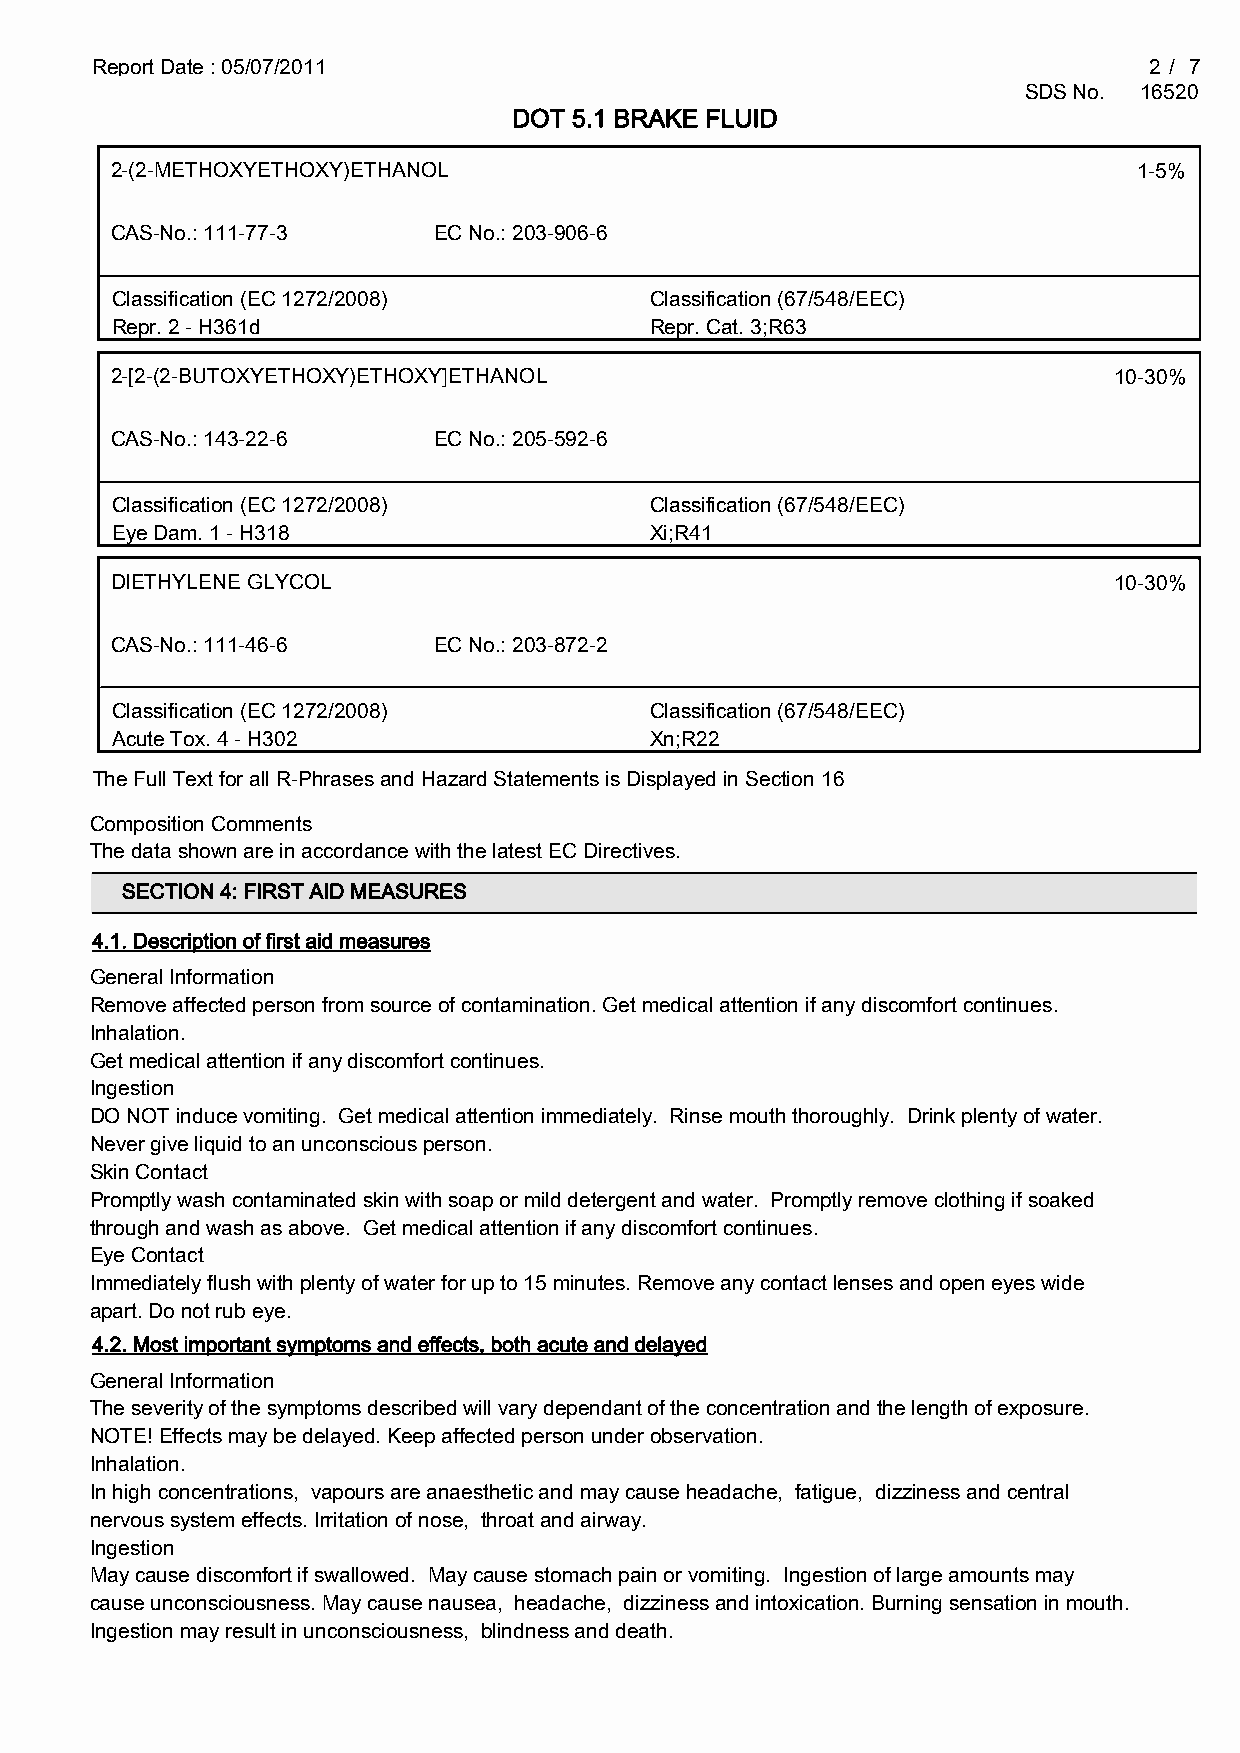
Report Date : 05/07/2011                                              2 / 7
 SDS No. 16520
 DOT 5.1 BRAKE FLUID
 2-(2-METHOXYETHOXY)ETHANOL                                          1-5%
 CAS-No.: 111-77-3     EC No.: 203-906-6
 Classification (EC 1272/2008)       Classification (67/548/EEC)
 Repr. 2 - H361d                     Repr. Cat. 3;R63
 2-[2-(2-BUTOXYETHOXY)ETHOXY]ETHANOL                                10-30%
 CAS-No.: 143-22-6     EC No.: 205-592-6
 Classification (EC 1272/2008)       Classification (67/548/EEC)
 Eye Dam. 1 - H318                   Xi;R41
 DIETHYLENE GLYCOL                                                  10-30%
 CAS-No.: 111-46-6     EC No.: 203-872-2
 Classification (EC 1272/2008)       Classification (67/548/EEC)
 Acute Tox. 4 - H302                 Xn;R22
 The Full Text for all R-Phrases and Hazard Statements is Displayed in Section 16
 Composition Comments
 The data shown are in accordance with the latest EC Directives.
 SECTION 4: FIRST AID MEASURES
 4.1. Description of first aid measures
 General Information
 Remove affected person from source of contamination. Get medical attention if any discomfort continues.
 Inhalation.
 Get medical attention if any discomfort continues.
 Ingestion
 DO NOT induce vomiting. Get medical attention immediately. Rinse mouth thoroughly. Drink plenty of water.
 Never give liquid to an unconscious person.
 Skin Contact
 Promptly wash contaminated skin with soap or mild detergent and water. Promptly remove clothing if soaked
 through and wash as above. Get medical attention if any discomfort continues.
 Eye Contact
 Immediately flush with plenty of water for up to 15 minutes. Remove any contact lenses and open eyes wide
 apart. Do not rub eye.
 4.2. Most important symptoms and effects, both acute and delayed
 General Information
 The severity of the symptoms described will vary dependant of the concentration and the length of exposure.
 NOTE! Effects may be delayed. Keep affected person under observation.
 Inhalation.
 In high concentrations, vapours are anaesthetic and may cause headache, fatigue, dizziness and central
 nervous system effects. Irritation of nose, throat and airway.
 Ingestion
 May cause discomfort if swallowed. May cause stomach pain or vomiting. Ingestion of large amounts may
 cause unconsciousness. May cause nausea, headache, dizziness and intoxication. Burning sensation in mouth.
 Ingestion may result in unconsciousness, blindness and death.